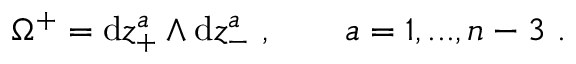
\Omega ^ { + } = \mathrm { d } z _ { + } ^ { a } \wedge \mathrm { d } z _ { - } ^ { a } \ , \qquad a = 1 , . . . , n - 3 \ .